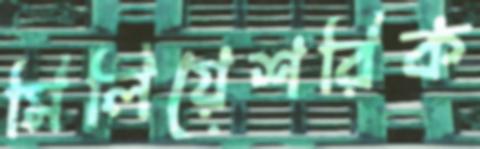
মিলিয়েশরিক